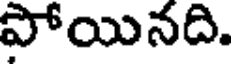
పోయినది.